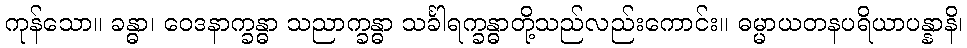
ကုန်သော။ ခန္ဓာ၊ ဝေဒနာက္ခန္ဓာ သညာက္ခန္ဓာ သင်္ခါရက္ခန္ဓာတို့သည်လည်းကောင်း။ ဓမ္မာယတနပရိယာပန္နာနိ၊